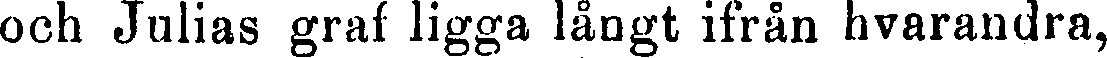
och Julias graf ligga långt ifrån hvarandra,